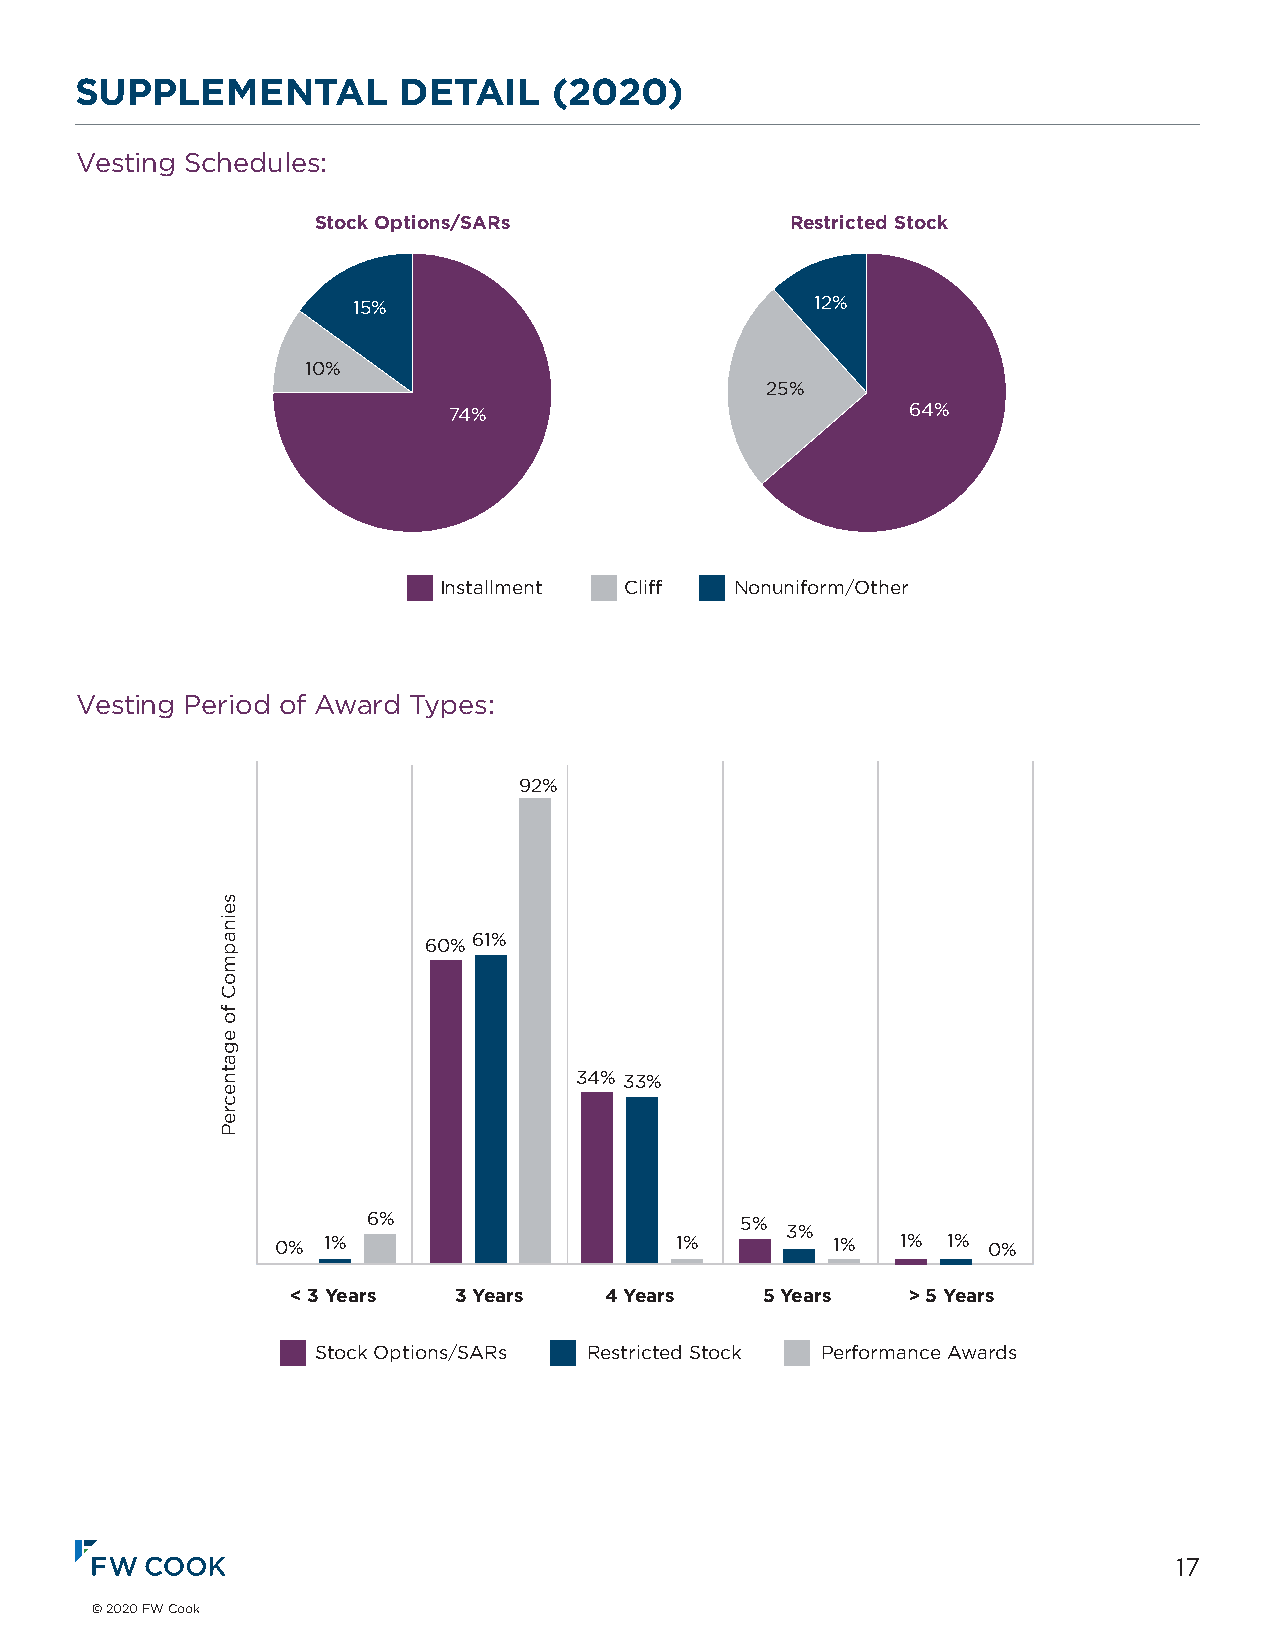
Stock Options/SARs             Restricted Stock
 SUPPLEMENTAL         DETAIL     (2020)
 Vesting Schedules1:5%                          12%
 10% Stock Options/SARs            Restricted Stock
 25%
 74%                           64%
 15%                            12%
 10%
 25%
 74%                           64%
 Installment Cliff  Nonuniform/Other
 Installment Cliff   Nonuniform/Other
 Vesting Period of Award Types:
 92%
 92%
 60% 61%
 60% 61% 34% 33%
 6%              34% 33%  5% 3%
 0% 1%                      1%        1%   1% 1% 0%
 < 3 Years  3 Years   4 Years   5 Years   > 5 Years
 Stock Options/SARs Restricted Stock Performance Awards
 6%                       5%
 3%
 0%  1%                     1%        1%   1% 1% 0%
 < 3 Years  3 Years   4 Years    5 Years  > 5 Years
 Stock Options/SARs Restricted Stock Performance Awards
 17
 © 2020 FW Cook
 seinapmoC
 fo
 egatnecreP
 seinapmoC
 fo
 egatnecreP